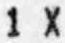
1 X